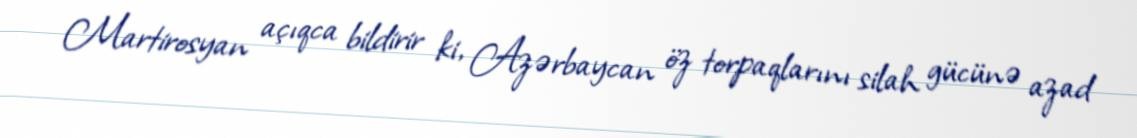
Martirosyan açıqca bildirir ki, Azərbaycan öz torpaqlarını silah gücünə azad